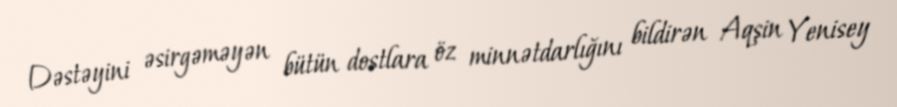
Dəstəyini əsirgəməyən bütün dostlara öz minnətdarlığını bildirən Aqşin Yenisey